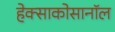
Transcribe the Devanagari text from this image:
हेक्साकोसानॉल